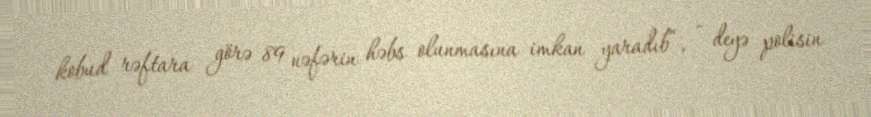
kobud rəftara görə 89 nəfərin həbs olunmasına imkan yaradıb”, - deyə polisin